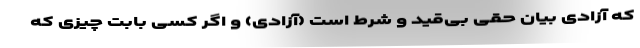
که آزادی بیان حقی بی‌قید و شرط است (آزادی) و اگر کسی بابت چیزی که